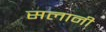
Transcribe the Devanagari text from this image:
सलानी